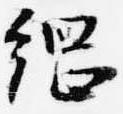
綱